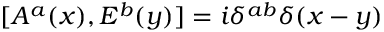
[ A ^ { a } ( x ) , E ^ { b } ( y ) ] = i \delta ^ { a b } \delta ( x - y )